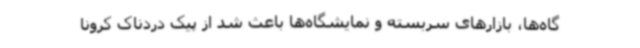
گاه‌ها، بازارهای سربسته و نمایشگاه‌ها باعث شد از پیک دردناک کرونا